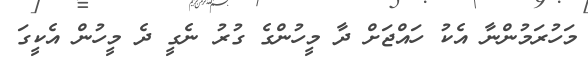
މަހުރަމުންނާ އެކު ހައްޖަށް ދާ މީހުންގެ ގުރު ނެގީ ދެ މީހުން އެކީގަ